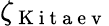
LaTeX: \zeta_{\mathrm{~K~i~t~a~e~v~}}